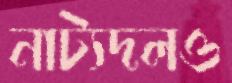
নাট্যদলও